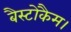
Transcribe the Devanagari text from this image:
बैस्टोकैम।